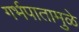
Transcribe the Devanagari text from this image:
गर्भपातामुळे